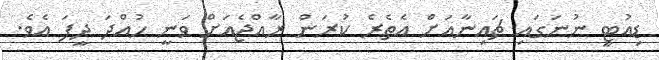
ޑިއުޓީ ނުނަގައި ޗައިނާއަށް އެތެރެ ކުރަން ރާއްޖެއަށް ވަނީ ހުއްދަ ދީފަ އެވެ.